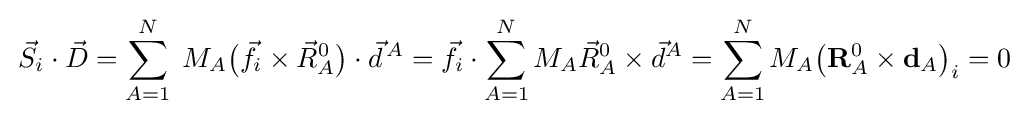
\,{\vec {S}}_{i}\cdot {\vec {D}}=\sum _{A=1}^{N}\;M_{A}{\big (}{\vec {f}}_{i}\times {\vec {R}}_{A}^{0}{\big )}\cdot {\vec {d}}^{\,A}={\vec {f}}_{i}\cdot \sum _{A=1}^{N}M_{A}{\vec {R}}_{A}^{0}\times {\vec {d}}^{A}=\sum _{A=1}^{N}M_{A}{\big (}\mathbf {R} _{A}^{0}\times \mathbf {d} _{A}{\big )}_{i}=0